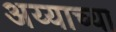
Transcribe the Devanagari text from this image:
अय्याच्या